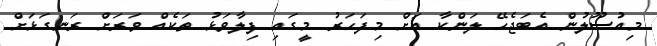
މިއުސޫލުން އެބަޖެހޭ ލަންކާ އަށް މިފަހަރު މީގައި ފިލާވަޅު ތަކެއް ވަރަށް ރަނގަޅަށް